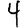
Digit: 4